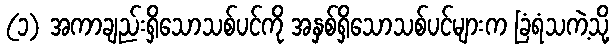
(၁) အကာချည်းရှိသောသစ်ပင်ကို အနှစ်ရှိသောသစ်ပင်များက ခြံရံသကဲ့သို့